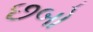
છબો